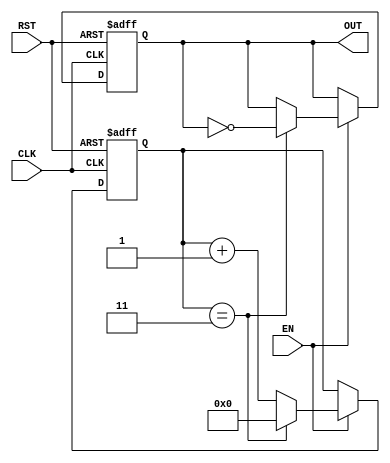
module frequency_divider_counter #(parameter N = 4) (
    input wire CLK,         // Input clock signal
    input wire RST,        // Asynchronous reset
    input wire EN,         // Enable signal
    output reg OUT         // Output toggled signal
);

    reg [31:0] counter;    // Counter to keep track of the cycles

    // Asynchronous reset and counter logic
    always @(posedge CLK or posedge RST) begin
        if (RST) begin
            counter <= 0;   // Reset counter
            OUT <= 0;       // Reset output
        end
        else if (EN) begin
            if (counter == N-1) begin
                counter <= 0; // Reset counter
                OUT <= ~OUT;  // Toggle output
            end else begin
                counter <= counter + 1; // Increment counter
            end
        end
    end

endmodule